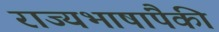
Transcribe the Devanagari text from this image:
राज्यभाषांपैकी